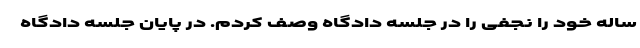
ساله خود را نجفی را در جلسه دادگاه وصف کردم. در پایان جلسه دادگاه